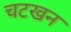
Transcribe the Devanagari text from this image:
चटखन